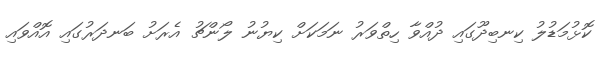
ކޮޅުމަޑުލު ކިނބިދޫގައި ދުއްވާ ހިތްވަރު ނަމަކަށް ކިޔުނު ލޯންޗު އެރަށު ބަނދަރުގައި އޮއްވައި